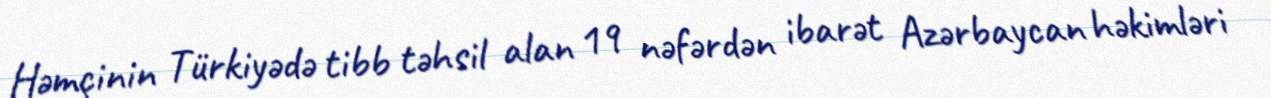
Həmçinin Türkiyədə tibb təhsil alan 19 nəfərdən ibarət Azərbaycan həkimləri